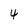
Character: 4